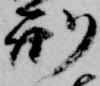
刑